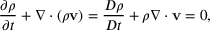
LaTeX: { \frac { \partial \rho } { \partial t } } + \nabla \cdot \left( \rho \mathbf { v } \right) = { \frac { D \rho } { D t } } + \rho \nabla \cdot \mathbf { v } = 0 ,